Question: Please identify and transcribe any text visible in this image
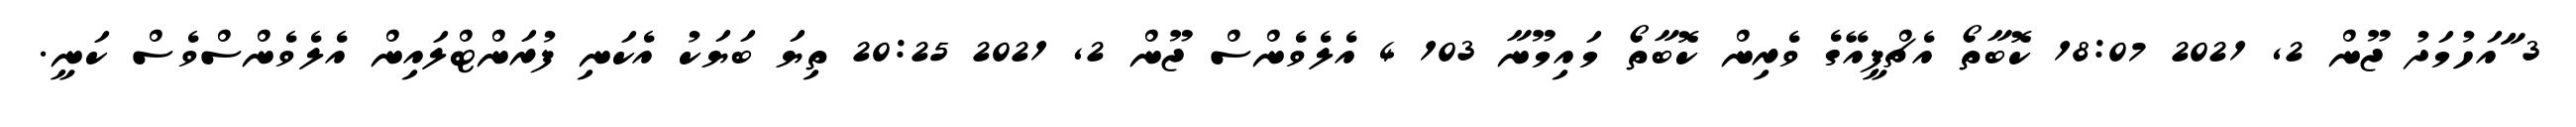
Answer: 3 ާައަހުމަދު ޖޫން 2, 2021 18:07 ކޮބާތޯ އެޗްޕީއޭގެ ވެރިން ކޮބާތޯ މައިމޫނާ 103 4 އެލެވެންސް ޖޫން 2, 2021 20:25 ތިޔަ ބަޔަކު އެކަނި ފުރަންޓްލައިން އެލެވެންސްވެސް ކަނީ.